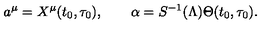
a ^ { \mu } = X ^ { \mu } ( t _ { 0 } , \tau _ { 0 } ) , \quad \quad \alpha = S ^ { - 1 } ( \Lambda ) \Theta ( t _ { 0 } , \tau _ { 0 } ) .